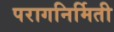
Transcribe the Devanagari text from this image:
परागनिर्मिती